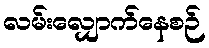
လမ်းလျှောက်နေစဉ်